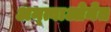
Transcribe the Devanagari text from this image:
अन्त्वाओनेत